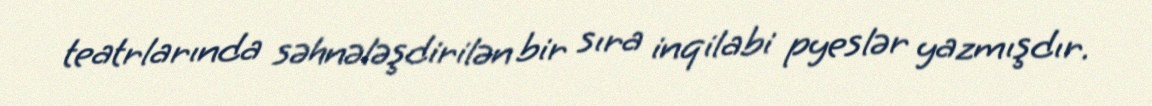
teatrlarında səhnələşdirilən bir sıra inqilabi pyeslər yazmışdır.